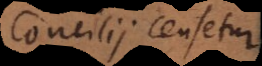
Concilii censetur